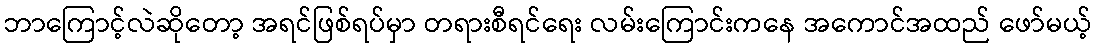
ဘာကြောင့်လဲဆိုတော့ အရင်ဖြစ်ရပ်မှာ တရားစီရင်ရေး လမ်းကြောင်းကနေ အကောင်အထည် ဖော်မယ့်